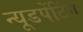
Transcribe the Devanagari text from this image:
न्यूडपेंटिंग